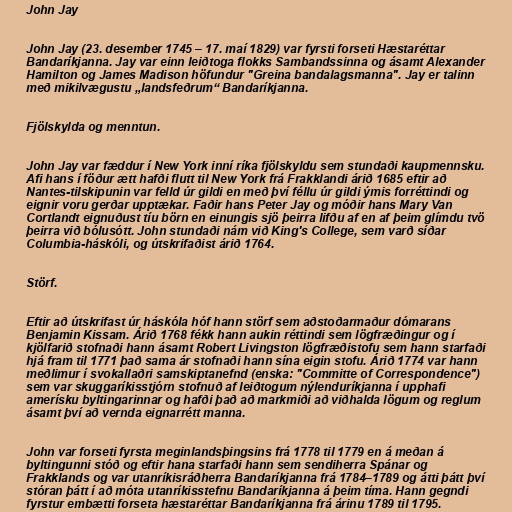
John Jay

John Jay (23. desember 1745 – 17. maí 1829) var fyrsti forseti Hæstaréttar
Bandaríkjanna. Jay var einn leiðtoga flokks Sambandssinna og ásamt Alexander
Hamilton og James Madison höfundur "Greina bandalagsmanna". Jay er talinn
með mikilvægustu „landsfeðrum“ Bandaríkjanna.

Fjölskylda og menntun.

John Jay var fæddur í New York inní ríka fjölskyldu sem stundaði kaupmennsku.
Afi hans í föður ætt hafði flutt til New York frá Frakklandi árið 1685 eftir að
Nantes-tilskipunin var felld úr gildi en með því féllu úr gildi ýmis forréttindi og
eignir voru gerðar upptækar. Faðir hans Peter Jay og móðir hans Mary Van
Cortlandt eignuðust tíu börn en einungis sjö þeirra lifðu af en af þeim glímdu tvö
þeirra við bólusótt. John stundaði nám við King's College, sem varð síðar
Columbia-háskóli, og útskrifaðist árið 1764.

Störf.

Eftir að útskrifast úr háskóla hóf hann störf sem aðstoðarmaður dómarans
Benjamin Kissam. Árið 1768 fékk hann aukin réttindi sem lögfræðingur og í
kjölfarið stofnaði hann ásamt Robert Livingston lögfræðistofu sem hann starfaði
hjá fram til 1771 það sama ár stofnaði hann sína eigin stofu. Árið 1774 var hann
meðlimur í svokallaðri samskiptanefnd (enska: "Committe of Correspondence")
sem var skuggaríkisstjórn stofnuð af leiðtogum nýlenduríkjanna í upphafi
amerísku byltingarinnar og hafði það að markmiði að viðhalda lögum og reglum
ásamt því að vernda eignarrétt manna.

John var forseti fyrsta meginlandsþingsins frá 1778 til 1779 en á meðan á
byltingunni stóð og eftir hana starfaði hann sem sendiherra Spánar og
Frakklands og var utanríkisráðherra Bandaríkjanna frá 1784–1789 og átti þátt því
stóran þátt í að móta utanríkisstefnu Bandaríkjanna á þeim tíma. Hann gegndi
fyrstur embætti forseta hæstaréttar Bandaríkjanna frá árinu 1789 til 1795.